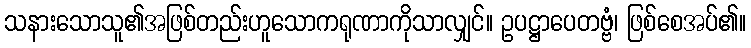
သနားသောသူ၏အဖြစ်တည်းဟူသောကရုဏာကိုသာလျှင်။ ဥပဋ္ဌာပေတဗ္ဗံ၊ ဖြစ်စေအပ်၏။